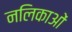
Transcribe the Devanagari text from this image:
नलिकाआें